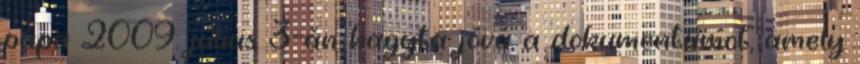
pápa 2009. július 3-án hagyta jóvá a dokumentumot, amely